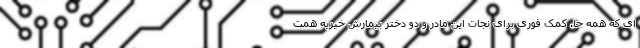
ای که همه جا. کمک فوری برای نجات این مادر و دو دختر بیمارش خیریه همت